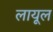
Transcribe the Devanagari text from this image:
लायूल